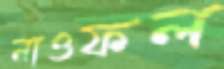
নাওফল